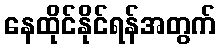
နေထိုင်နိုင်ရန်အတွက်